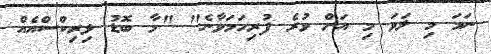
ނަމަ މި ލަވަ މި އަށް ވުރެ ފުރިހަމަވާނެ" "މާ ބޮޑު ލިރިކްސްއެއް